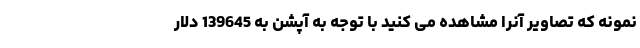
نمونه که تصاویر آنرا مشاهده می کنید با توجه به آپشن به 139645 دلار